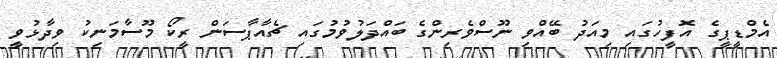
އެމްޑީޕީގެ އޮފީހުގައި މިއަދު ބޭއްވި ނޫސްވެރިންގެ ބައްދަލުވުމުގައި ޗެއާޕާސަން ރީކޯ މޫސާމަނިކު ވިދާޅުވީ